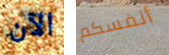
الآن أنفسكم